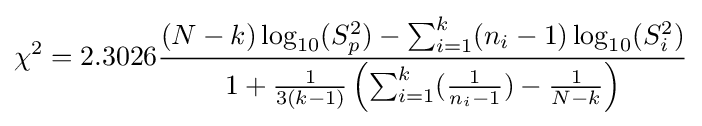
\chi ^{2}=2.3026{\frac {(N-k)\log _{10}(S_{p}^{2})-\sum _{i=1}^{k}(n_{i}-1)\log _{10}(S_{i}^{2})}{1+{\frac {1}{3(k-1)}}\left(\sum _{i=1}^{k}({\frac {1}{n_{i}-1}})-{\frac {1}{N-k}}\right)}}